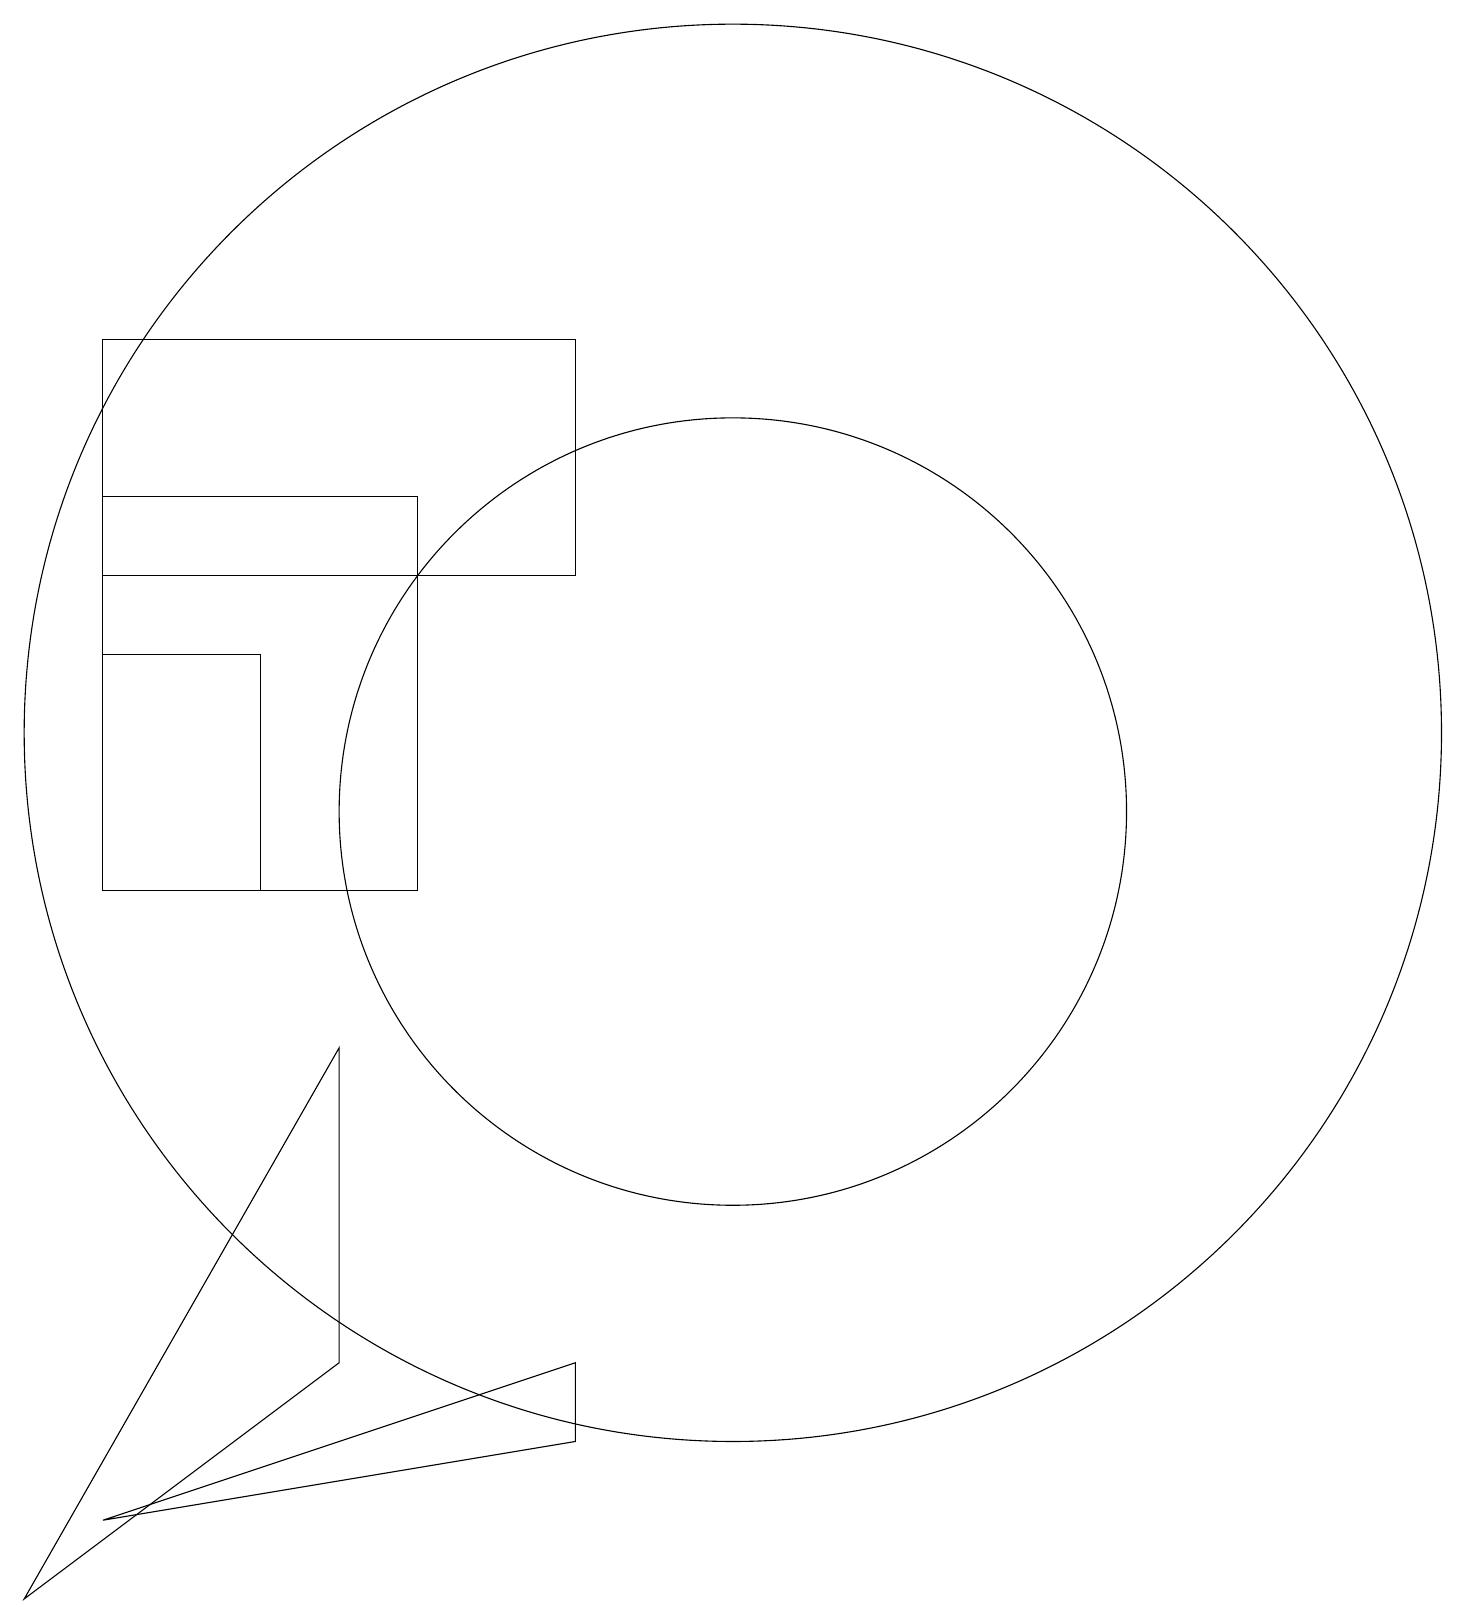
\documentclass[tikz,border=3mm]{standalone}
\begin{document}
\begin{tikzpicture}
\draw (6,10) rectangle (2,15);
\draw (1,1) -- (5,4) -- (5,8) -- cycle;
\draw (10,12) circle (9);
\draw (10,11) circle (5);
\draw (4,13) rectangle (2,10);
\draw (2,17) rectangle (8,14);
\draw (8,3) -- (2,2) -- (8,4) -- cycle;
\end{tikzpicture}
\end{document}